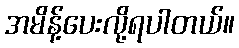
အမိန့်ပေးလို့ရပါတယ်။